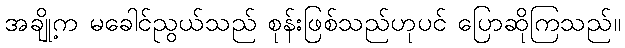
အချို့က မခေါင်ညွယ်သည် စုန်းဖြစ်သည်ဟုပင် ပြောဆိုကြသည်။